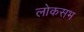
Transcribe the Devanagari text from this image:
लोकसभ